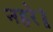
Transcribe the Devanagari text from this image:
नहरे॥